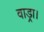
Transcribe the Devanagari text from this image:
वाड्रा।